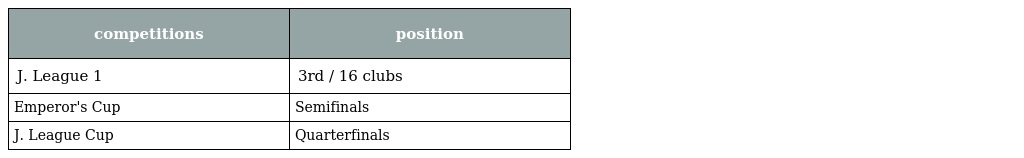
| competitions | position |
 | --- | --- |
 | J. League 1 | 3rd / 16 clubs |
 | Emperor's Cup | Semifinals |
 | J. League Cup | Quarterfinals |